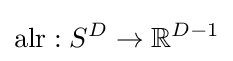
\operatorname {alr} :S^{D}\rightarrow \mathbb {R} ^{D-1}